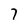
Character: 7